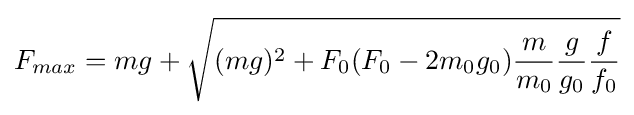
F_{max}=mg+{\sqrt {(mg)^{2}+F_{0}(F_{0}-2m_{0}g_{0}){\frac {m}{m_{0}}}{\frac {g}{g_{0}}}{\frac {f}{f_{0}}}}}